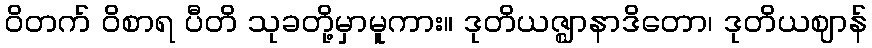
ဝိတက် ဝိစာရ ပီတိ သုခတို့မှာမူကား။ ဒုတိယဇ္ဈာနာဒိတော၊ ဒုတိယဈာန်